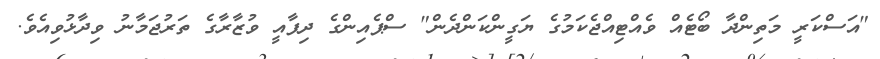
"އަސްކަރީ މަތިންދާ ބޯޓެއް ވެއްޓިއްޖެކަމުގެ ޔަގީންކަންދެން" ސްޕެއިންގެ ދިފާއީ ވުޒާރާގެ ތަރުޖަމާނު ވިދާޅުވިއެވެ.